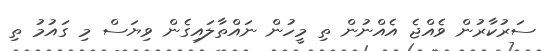
ސަރުކާރުން ވެއްޖެ އެއްނުން ތި މީހުން ނައްތާލައިގެން ވިޔަސް މި ގައުމު ތި